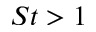
S t > 1